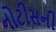
નોટીસની